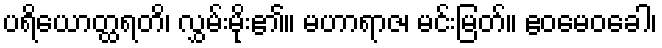
ပရိယောတ္ထရတိ၊ လွှမ်းမိုး၏။ မဟာရာဇ၊ မင်းမြတ်။ ဧဝမေဝခေါ၊